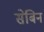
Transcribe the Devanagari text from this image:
सेबिन